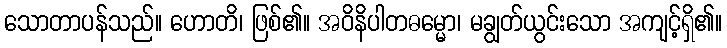
သောတာပန်သည်။ ဟောတိ၊ ဖြစ်၏။ အဝိနိပါတဓမ္မော၊ မချွတ်ယွင်းသော အကျင့်ရှိ၏။